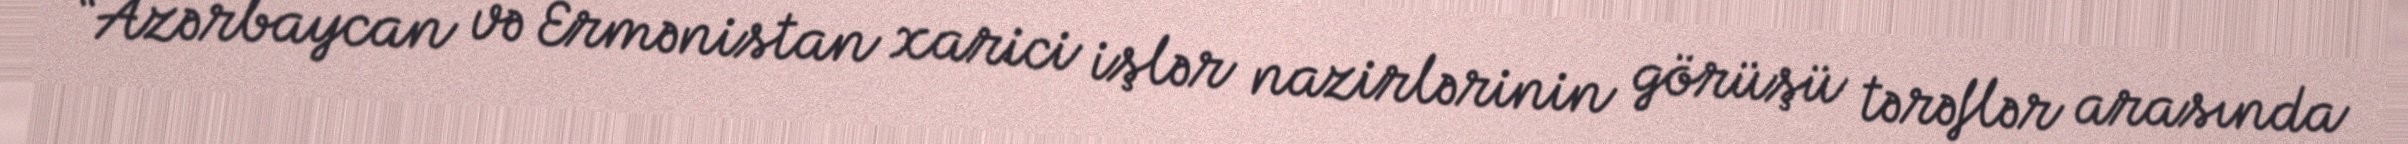
“Azərbaycan və Ermənistan xarici işlər nazirlərinin görüşü tərəflər arasında